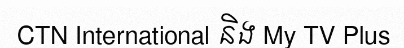
CTN International និង My TV Plus